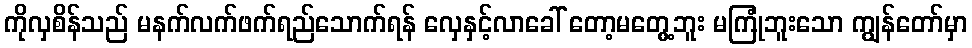
ကိုလှစိန်သည် မနက်လက်ဖက်ရည်သောက်ရန် လှေနှင့်လာခေါ် တော့မတွေ့ဘူး မကြုံဘူးသော ကျွန်တော်မှာ